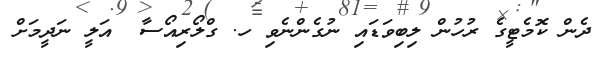
ދެން ކޮމެޓީގެ ރުހުން ލިބިވަޑައި ނުގެންނެވި ހ. ގްލޯރިއޯސާ  އަލީ ނަދީމަށް